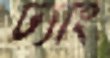
ঢ্যাং